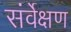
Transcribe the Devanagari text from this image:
संर्वेक्षण